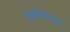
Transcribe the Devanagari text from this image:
राजनियंत्रक